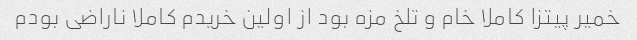
خمیر پیتزا کاملا خام و تلخ مزه بود از اولین خریدم کاملا ناراضی بودم